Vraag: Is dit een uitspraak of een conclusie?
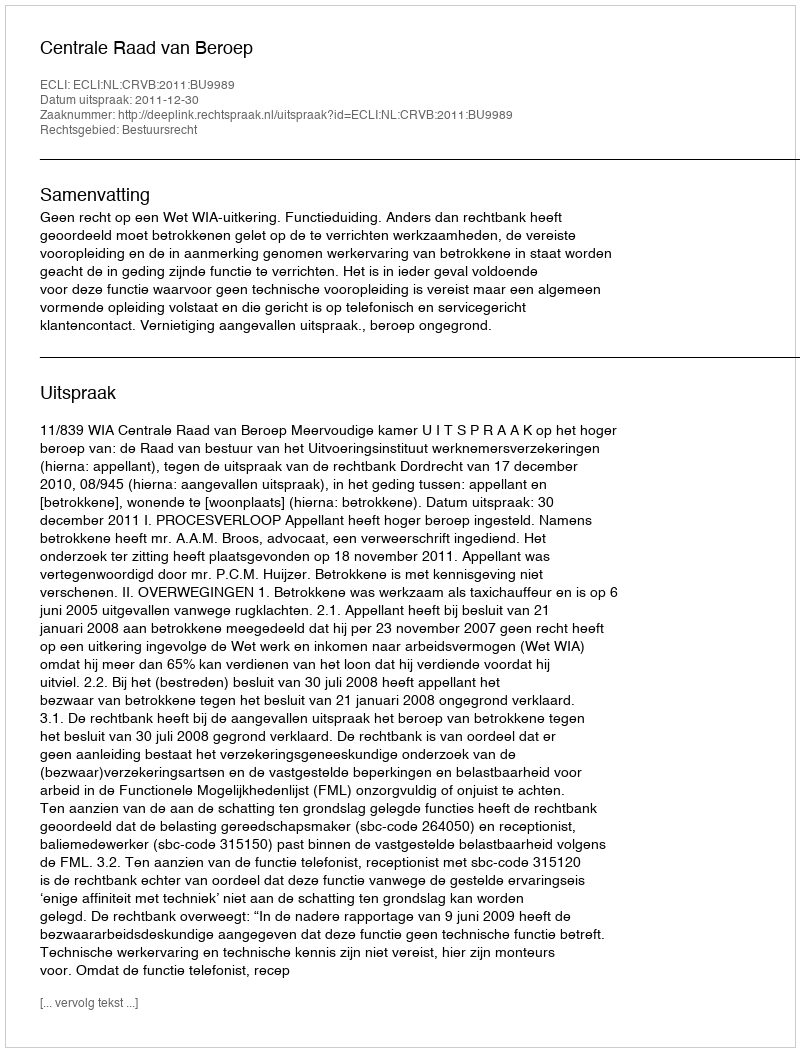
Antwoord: Uitspraak